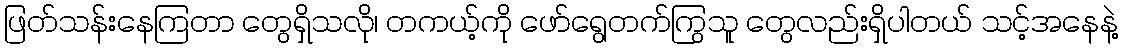
ဖြတ်သန်းနေကြတာ တွေရှိသလို၊ တကယ့်ကို ဖော်ရွေတက်ကြွသူ တွေလည်းရှိပါတယ် သင့်အနေနဲ့